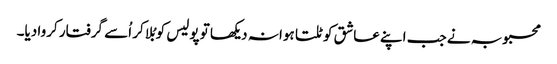
محبوبہ نے جب اپنے عاشق کو ٹلتا ہوا نہ دیکھا تو پولیس کو بُلا کر اُسے گرفتار کروا دیا۔